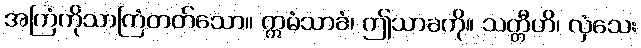
အကြံကိုသာကြံတတ်သော။ ဣမံသာခံ၊ ဤသာခကို။ သတ္တီဟိ၊ လှံသေး